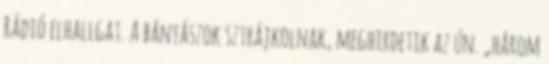
Rádió elhallgat. A bányászok sztrájkolnak, meghirdetik az ún. „három